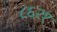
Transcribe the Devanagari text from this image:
८६२१